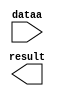
module add_x_point (
	dataa,
	result);

	input	[10:0]  dataa;
	output	[10:0]  result;

endmodule